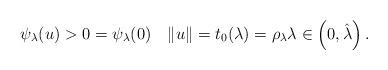
LaTeX: \begin{align*}\psi_\lambda(u)>0=\psi_\lambda(0)\quad\|u\|=t_0(\lambda)=\rho_\lambda \lambda \in \left(0,\hat{\lambda}\right). \end{align*}